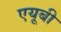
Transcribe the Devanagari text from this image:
एयूबी